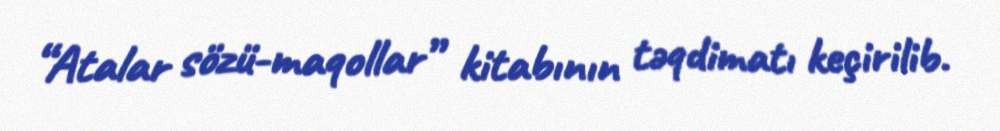
“Atalar sözü-maqollar” kitabının təqdimatı keçirilib.